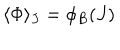
LaTeX: \langle \Phi \rangle _ { J } = \phi _ { B } ( J )